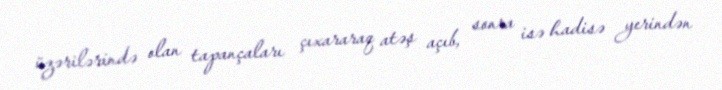
üzərilərində olan tapançaları çıxararaq atəş açıb, sonra isə hadisə yerindən